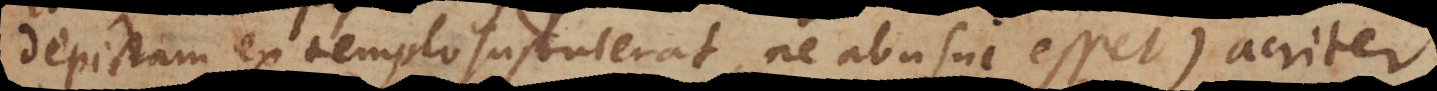
depictam ex templo sustulerat, ne abusui esset) acriter